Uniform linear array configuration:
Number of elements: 64
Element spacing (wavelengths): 1
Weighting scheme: hamming
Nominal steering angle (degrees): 45
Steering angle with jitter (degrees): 46.413
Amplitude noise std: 0.05
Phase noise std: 0.05

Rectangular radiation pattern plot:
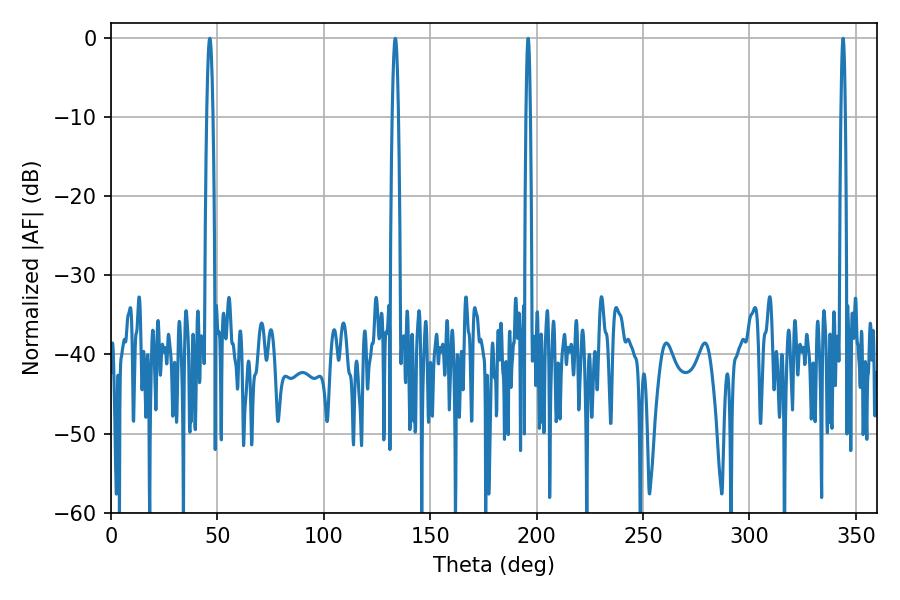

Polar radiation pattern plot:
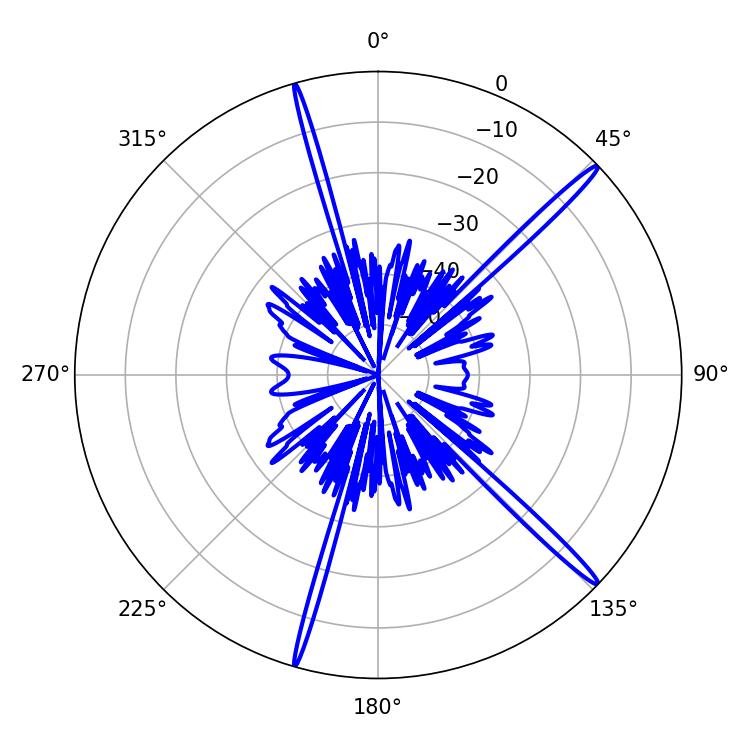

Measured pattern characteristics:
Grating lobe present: TRUE
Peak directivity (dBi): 17.853
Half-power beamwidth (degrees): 1.08
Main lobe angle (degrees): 343.98